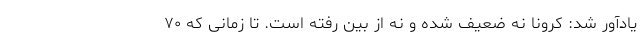
یادآور شد: کرونا نه ضعیف شده و نه از بین رفته است. تا زمانی که ۷۰